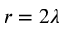
r = 2 \lambda